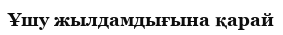
Ұшу жылдамдығына қарай